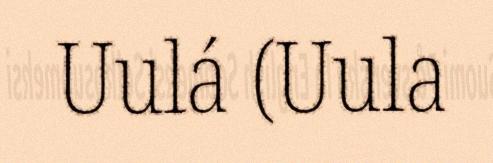
Uulá (Uula